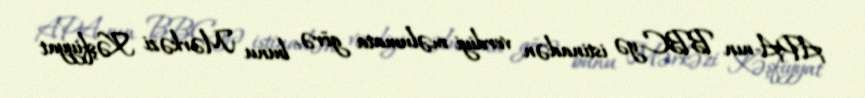
APA-nın BBC-yə istinadən verdiyi məlumata görə, bunu Mərkəzi Kəşfiyyat